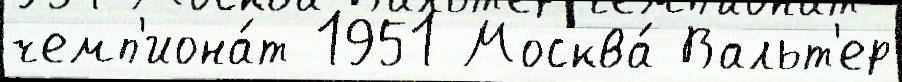
чемп'иона́т 1951 Москва́ Вальт'ер